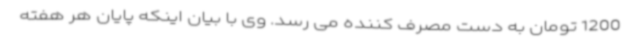
1200 تومان به دست مصرف کننده می رسد. وی با بیان اینکه پایان هر هفته